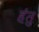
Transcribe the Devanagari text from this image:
हंतु